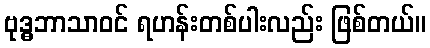
ဗုဒ္ဓဘာသာဝင် ရဟန်းတစ်ပါးလည်း ဖြစ်တယ်။